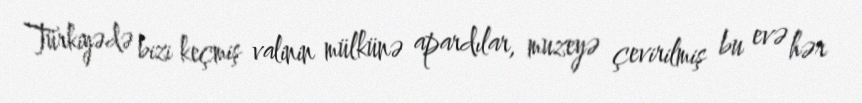
Türkiyədə bizi keçmiş valinin mülkünə apardılar, muzeyə çevirilmiş bu evə hər